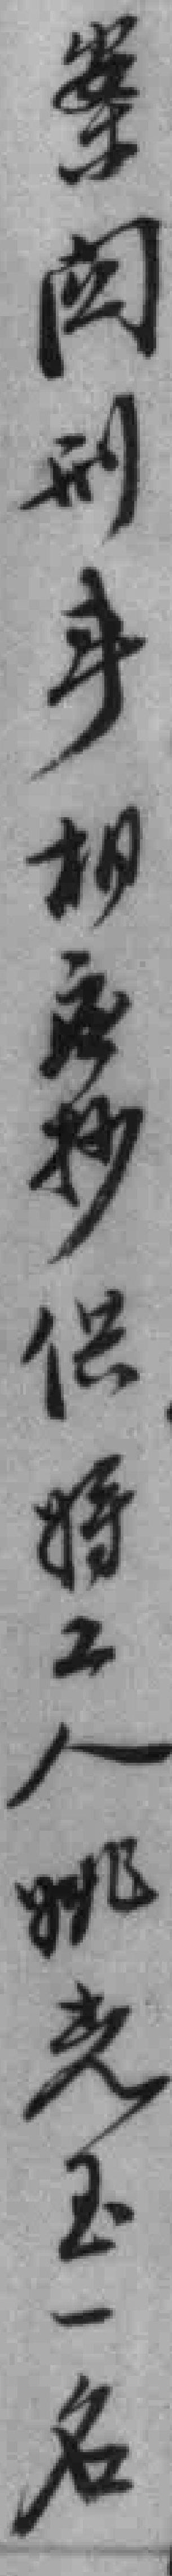
案*刑事相应抄供將工人姚光玉一名